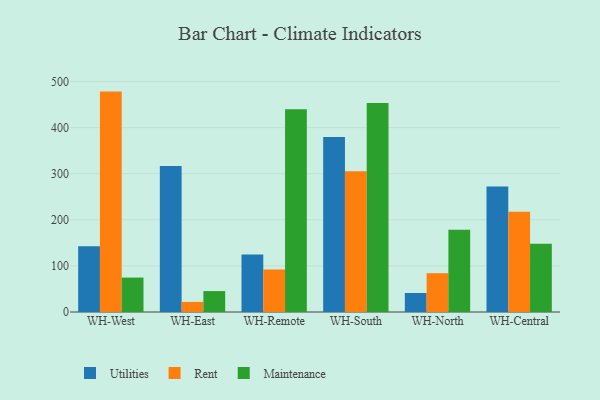
{"axis": {"x": "Warehouse", "y": "Bounce Rate (%)"}, "legend": ["Maintenance", "Rent", "Utilities"], "data": [{"x": "WH-West", "y": 142.6, "type": "Utilities"}, {"x": "WH-West", "y": 478.2, "type": "Rent"}, {"x": "WH-West", "y": 74.7, "type": "Maintenance"}, {"x": "WH-East", "y": 317.0, "type": "Utilities"}, {"x": "WH-East", "y": 21.9, "type": "Rent"}, {"x": "WH-East", "y": 45.4, "type": "Maintenance"}, {"x": "WH-Remote", "y": 124.9, "type": "Utilities"}, {"x": "WH-Remote", "y": 92.1, "type": "Rent"}, {"x": "WH-Remote", "y": 440.0, "type": "Maintenance"}, {"x": "WH-South", "y": 379.5, "type": "Utilities"}, {"x": "WH-South", "y": 305.4, "type": "Rent"}, {"x": "WH-South", "y": 453.4, "type": "Maintenance"}, {"x": "WH-North", "y": 41.2, "type": "Utilities"}, {"x": "WH-North", "y": 84.2, "type": "Rent"}, {"x": "WH-North", "y": 178.2, "type": "Maintenance"}, {"x": "WH-Central", "y": 272.3, "type": "Utilities"}, {"x": "WH-Central", "y": 217.3, "type": "Rent"}, {"x": "WH-Central", "y": 148.0, "type": "Maintenance"}]}